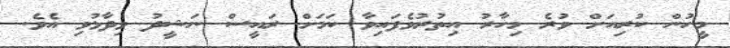
މީހުން ކުރިއަށް ވުރެ މިހާރު އިތުރުވެފައިވާ ކަމަށް ރައީސް ނަޝީދު ވިދާޅުވި އެވެ.